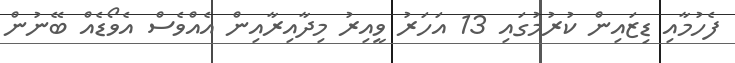
ފެހުމާއި ޑިޒައިން ކުރުމުގައި 13 އަހަރު ވީއިރު މިދާއިރާއިން އެއްވެސް އެވޯޑެއް ބޭނުން